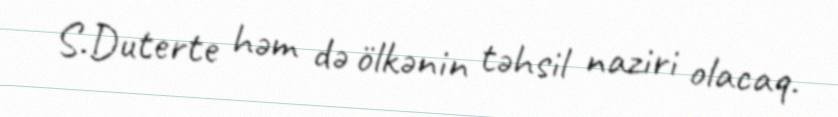
S.Duterte həm də ölkənin təhsil naziri olacaq.